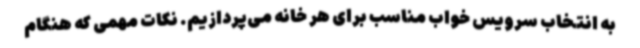
به انتخاب سرویس خواب مناسب برای هر خانه می‌پردازیم. نکات مهمی که هنگام